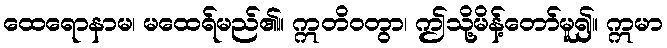
ထေရောနာမ၊ မထေရ်မည်၏။ ဣတိဝတွာ၊ ဤသို့မိန့်တော်မူ၍။ ဣမာ